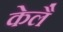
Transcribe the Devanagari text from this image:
केलै